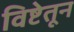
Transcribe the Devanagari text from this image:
विष्टेतून